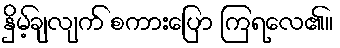
နှိမ့်ချလျက် စကားပြော ကြရလေ၏။